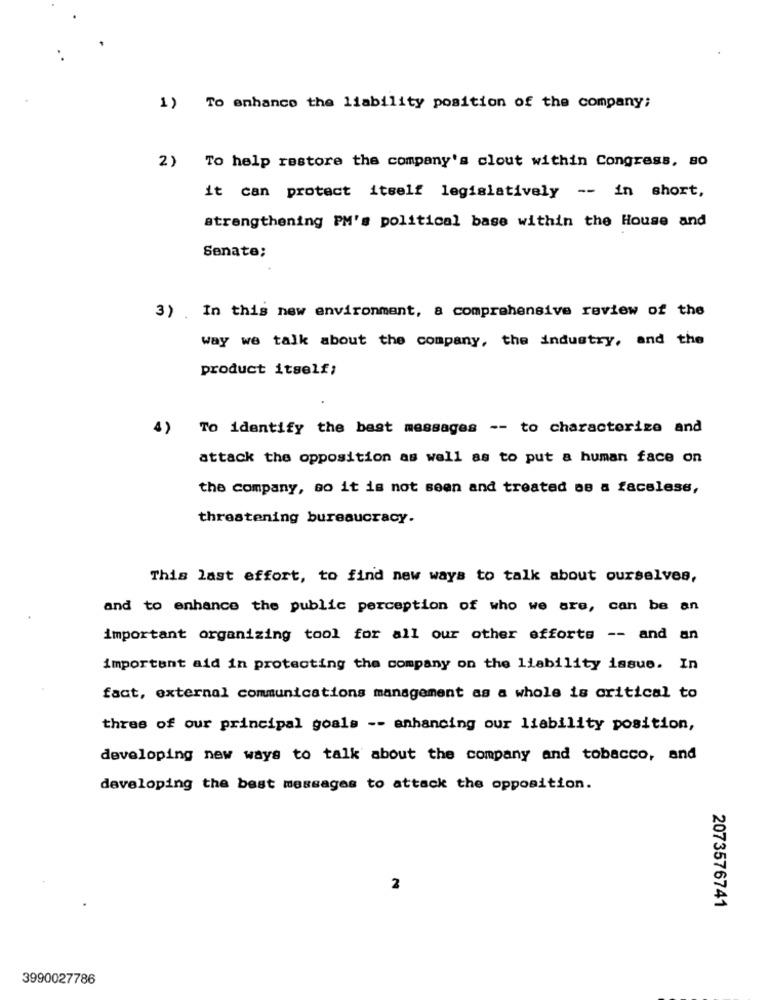
1)
To enhance the liability position of the company;
2) To help restore the company's clout within Congress, so
it can protect itself legislatively -- in short,
strengthening PM's political base within the House and
Senate;
3). In this new environment, a comprehensive review of the
way we talk about the company, the industry, and the
product itself;
4) To identify the best messages -- to characterize and
attack the opposition as well as to put a human face on
the company, so it is not seen and treated as a faceless,
threatening bureaucracy.
This last effort, to find new ways to talk about ourselves,
and to enhance the public perception of who we are, can be an
important organizing tool for all our other efforts -- and an
important aid in protecting the company on the liability issue. In
fact, external communications management as a whole is critical to
three of our principal goals -- enhancing our liability position,
developing new ways to talk about the company and tobacco, and
developing the best messages to attack the opposition.
2
2073576741
3990027786